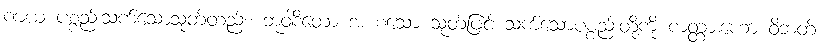
ဏယ ပစ္စည်းသက်သောသုတ်တည်း၊ ဘူဝါဒိတော အ စသော သုတ်ဖြင့် သက်သောပစ္စည်းတို့ကို ကတ္တားဟော ဝိဘတ်